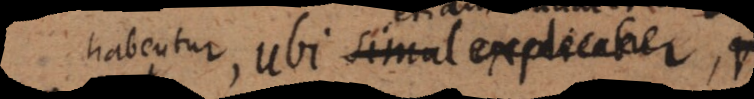
habentur, ubi simul explicatur,